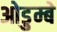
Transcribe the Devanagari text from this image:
ओडुम्बे